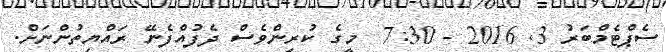
ސެޕްޓެމްބަރު 3